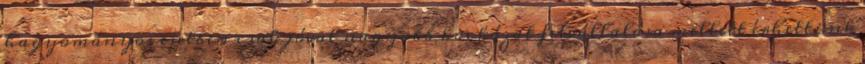
hagyományos esetben csak jóval nagyobb kockázat felvállalása mellett érhettünk